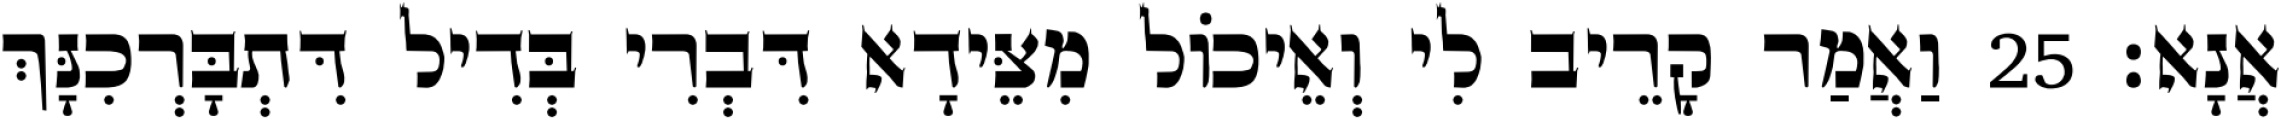
אֲנָא׃ 25 וַאֲמַר קָרֵיב לִי וְאֵיכוֹל מִצֵּידָא דִּבְרִי בְּדִיל דִּתְבָּרְכִנָּךְ